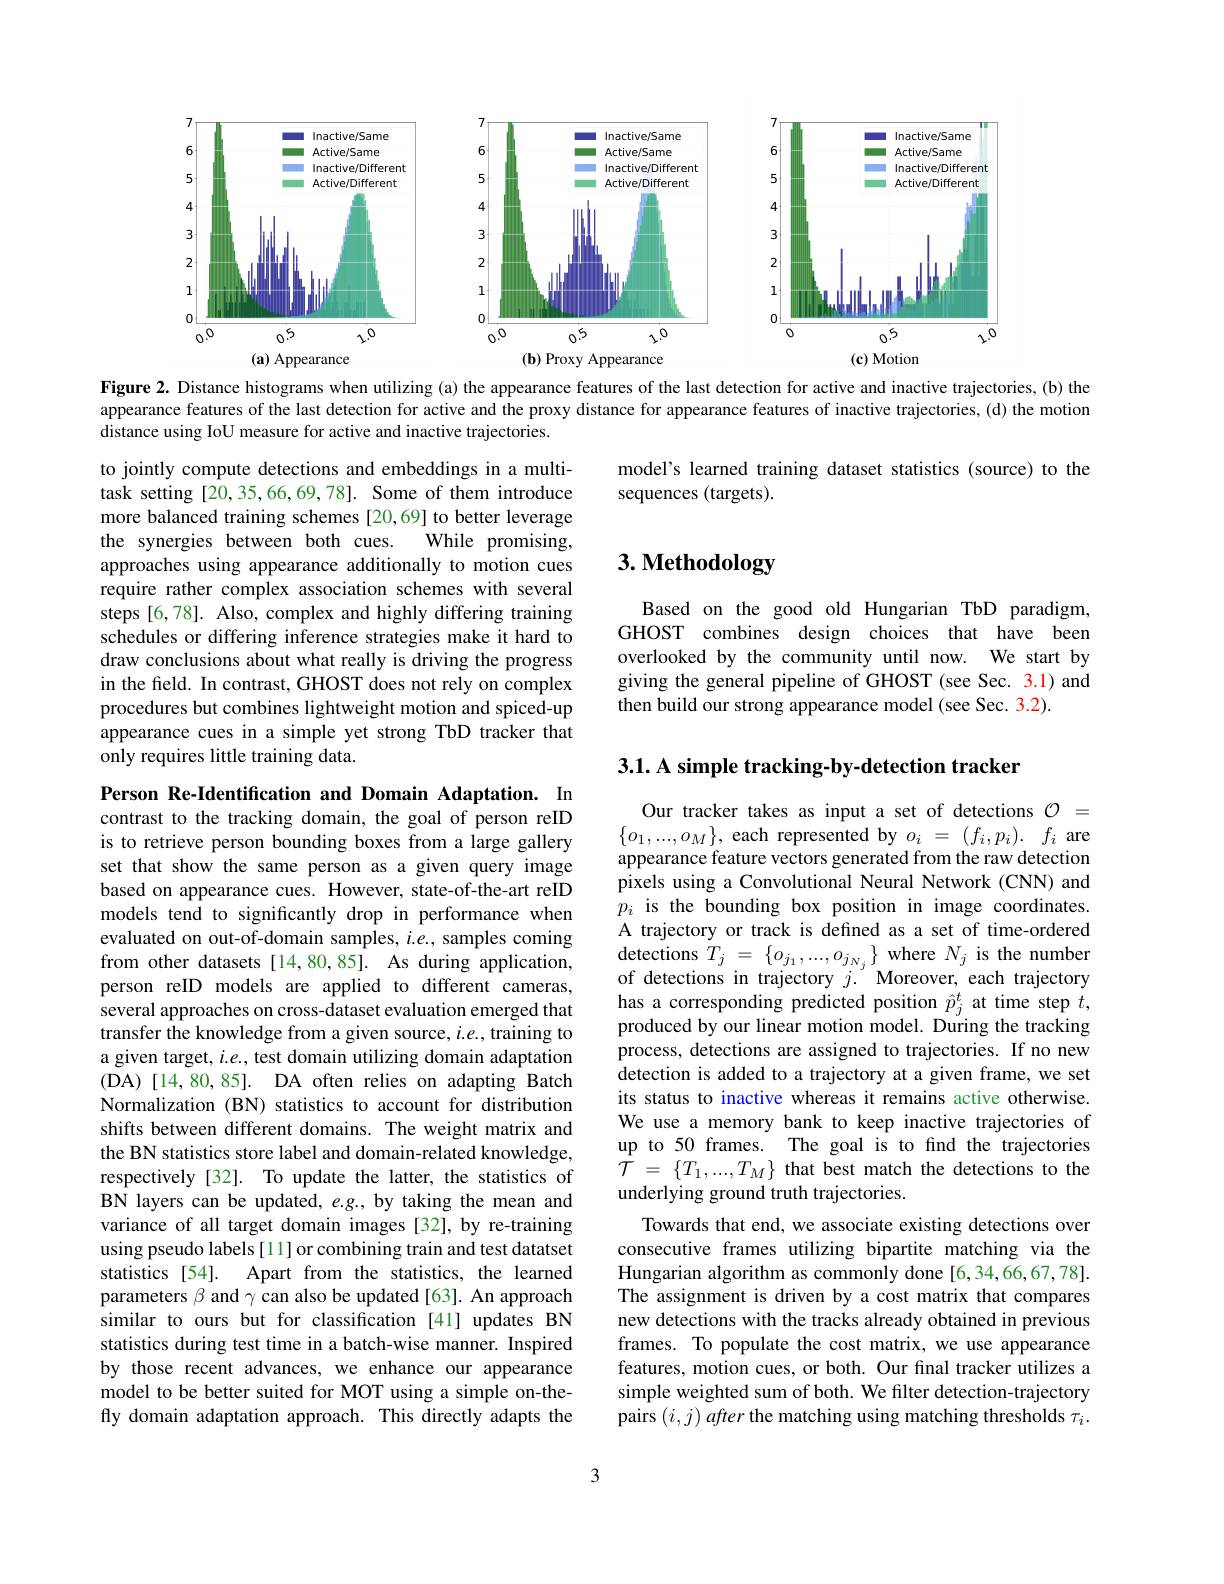
<FigureHere>

Figure 2. Distance histograms when utilizing (a) the appearance features of the last detection for active and inactive trajectories, (b) the appearance features of the last detection for active and the proxy distance for appearance features of inactive trajectories, (d) the motion distance using IoU measure for active and inactive trajectories.

model's learned training dataset statistics (source) to the
sequences (targets).

# 3. Methodology

to jointly compute detections and embeddings in a multitask setting [20,35,66,69,78]. Some of them introduce more balanced training schemes [20,69] to better leverage the synergies between both cues.
While promising,
approaches using appearance additionally to motion cues require rather complex association schemes with several steps [6,78]. Also, complex and highly differing training schedules or differing inference strategies make it hard to draw conclusions about what really is driving the progress in the field. In contrast, GHOST does not rely on complex procedures but combines lightweight motion and spiced-up appearance cues in a simple yet strong TbD tracker that only requires little training data.

Based on the good old Hungarian TbD paradigm, GHOST combines design choices that have been overlooked by the community until now. We start by giving the general pipeline of GHOST (see Sec. 3.1) and then build our strong appearance model (see Sec. 3.2).

3.1. A simple tracking-by-detection tracker

Person Re-Identification and Domain Adaptation. In contrast to the tracking domain, the goal of person reID is to retrieve person bounding boxes from a large gallery set that show the same person as a given query image based on appearance cues. However, state-of-the-art reID models tend to significantly drop in performance when evaluated on out-of-domain samples, $i.e.$, samples coming from other datasets [14,80,85]. As during application, person reID models are applied to different cameras, several approaches on cross-dataset evaluation emerged that transfer the knowledge from a given source, $i.e.$, training to a given target, $i.e.$, test domain utilizing domain adaptation (DA)[14,80,85]. DA often relies on adapting Batch Normalization (BN) statistics to account for distribution shifts between different domains. The weight matrix and the BN statistics store label and domain-related knowledge, respectively [32]. To update the latter, the statistics of BN layers can be updated, $e.g.$, by taking the mean and variance of all target domain images [32], by re-training using pseudo labels [11] or combining train and test datatset statistics [54]. Apart from the statistics, the learned parameters $\beta$ and $\gamma$ can also be updated[63]. An approach similar to ours but for classification [41] updates BN statistics during test time in a batch-wise manner. Inspired by those recent advances, we enhance our appearance model to be better suited for MOT using a simple on-thefly domain adaptation approach. This directly adapts the

Our tracker takes as input a set of detections $\mathcal{O}=$ $\{o_{1},...,o_{M}\}$, each represented by $o_i= ( f_{i}, p_{i}) .$ $f_{i}$ are appearance feature vectors generated from the raw detection pixels using a Convolutional Neural Network (CNN) and $\hat{p}_{i}$ is the bounding box position in image coordinates. A trajectory or track is defined as a set of time-ordered detections $T_j=\{o_{j_1},...,o_{j_{N_j}}\}$ where $N_j$ is the number of detections in trajectory $j.$ Moreover, each trajectory has a corresponding predicted position $\hat{p}_j^t$ at time step $t$, produced by our linear motion model. During the tracking process, detections are assigned to trajectories. If no new detection is added to a trajectory at a given frame, we set its status to inactive whereas it remains active otherwise. We use a memory bank to keep inactive trajectories of up to 50 frames. The goal is to find the trajectories $\mathcal{T}$ = $\{ T_{1}, . . . , T_{M}\}$ that best match the detections to the underlying ground truth trajectories.
Towards that end, we associate existing detections over consecutive frames utilizing bipartite matching via the Hungarian algorithm as commonly done [6,34,66,67,78]. The assignment is driven by a cost matrix that compares new detections with the tracks already obtained in previous frames. To populate the cost matrix, we use appearance features, motion cues, or both. Our final tracker utilizes a simple weighted sum of both. We filter detection-trajectory pairs $( i, j) \textit{after the matching using matching thresholds }\tau _i.$

3